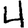
Digit: 4